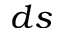
d s